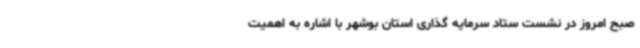
صبح امروز در نشست ستاد سرمایه گذاری استان بوشهر با اشاره به اهمیت